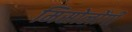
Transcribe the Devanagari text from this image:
मिसोलोंगी